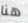
هنا